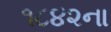
૧૮૪૨ના